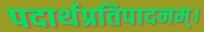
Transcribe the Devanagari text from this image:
पदार्थप्रतिपादनम्।